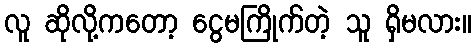
လူ ဆိုလို့ကတော့ ငွေမကြိုက်တဲ့ သူ ရှိမလား။